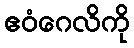
ဧဝံဂေလိကို